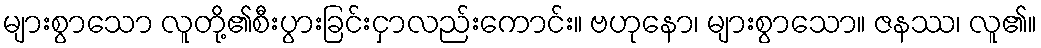
များစွာသော လူတို့၏စီးပွားခြင်းငှာလည်းကောင်း။ ဗဟုနော၊ များစွာသော။ ဇနဿ၊ လူ၏။